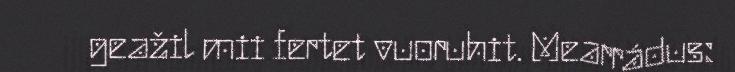
geažil mii fertet vuoruhit. Mearrádus: